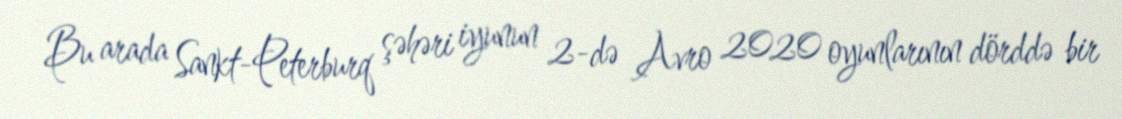
Bu arada Sankt-Peterburq şəhəri iyunun 2-də Avro 2020 oyunlarının dörddə bir